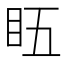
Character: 𥄬